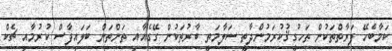
ކަމާބެހޭ ފަރާތްތަކުން ތަހުގީޤުކުރަމުންދާތީ ސަލާމަތީ ބާރުތަކުން ގޭގެއާއި ތަންތަން ބަލައިފާސް ކުރުމާއި ޗެކް